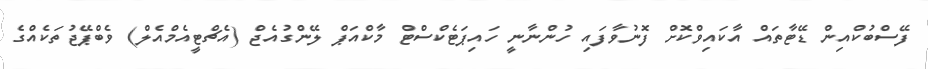
ފޭސްބުކްއިން ޑޭޓާތައް އާކައިވްކޮށް ފޮނުވާފައި ހުންނާނީ ހައިޕަޓެކްސްޓް މާކްއަޕް ލޭންގުއެޖް (އެޗްޓީއެމްއެލް) ވެބްޕޭޖުތަކެއްގެ